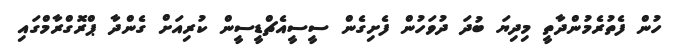
ހުން ފެތުރެމުންދާތީ މިދިޔަ ބުދަ ދުވަހުން ފެށިގެން ސީސީއެޗްޑީސީން ކުރިއަށް ގެންދާ ޕްރޮގްރާމްގައި